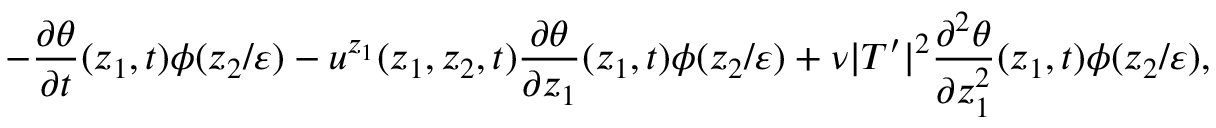
- \frac { \partial \theta } { \partial t } ( z _ { 1 } , t ) \phi ( z _ { 2 } / \varepsilon ) - u ^ { z _ { 1 } } ( z _ { 1 } , z _ { 2 } , t ) \frac { \partial \theta } { \partial z _ { 1 } } ( z _ { 1 } , t ) \phi ( z _ { 2 } / \varepsilon ) + \nu | T ^ { \prime } | ^ { 2 } \frac { \partial ^ { 2 } \theta } { \partial z _ { 1 } ^ { 2 } } ( z _ { 1 } , t ) \phi ( z _ { 2 } / \varepsilon ) ,